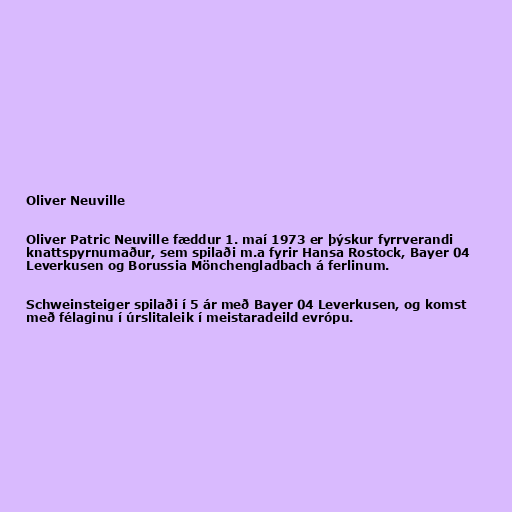
Oliver Neuville

Oliver Patric Neuville fæddur 1. maí 1973 er þýskur fyrrverandi
knattspyrnumaður, sem spilaði m.a fyrir Hansa Rostock, Bayer 04
Leverkusen og Borussia Mönchengladbach á ferlinum.

Schweinsteiger spilaði í 5 ár með Bayer 04 Leverkusen, og komst
með félaginu í úrslitaleik í meistaradeild evrópu.